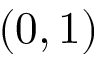
( 0 , 1 )